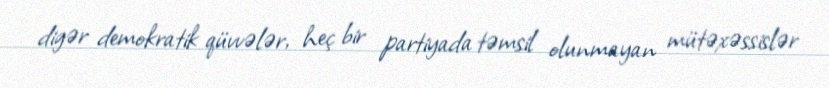
digər demokratik qüvvələr, heç bir partiyada təmsil olunmayan mütəxəssislər